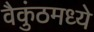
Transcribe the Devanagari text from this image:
वैकुंठमध्ये